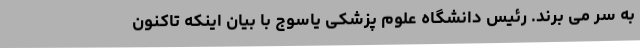
به سر می برند. رئیس دانشگاه علوم پزشکی یاسوج با بیان اینکه تاکنون